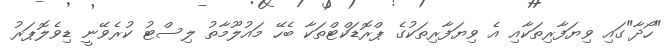
"ހޯދާ"ގައި ވިޔަފާރިތަކާއި އެ ވިޔަފާރިތަކުގެ ޕްރޮޑަކްޓްތަކާ ބެހޭ މައުލޫމާތު ލިސްޓު ކުރެވޭނީ ޑިވެލޮޕަރު